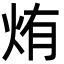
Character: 烠